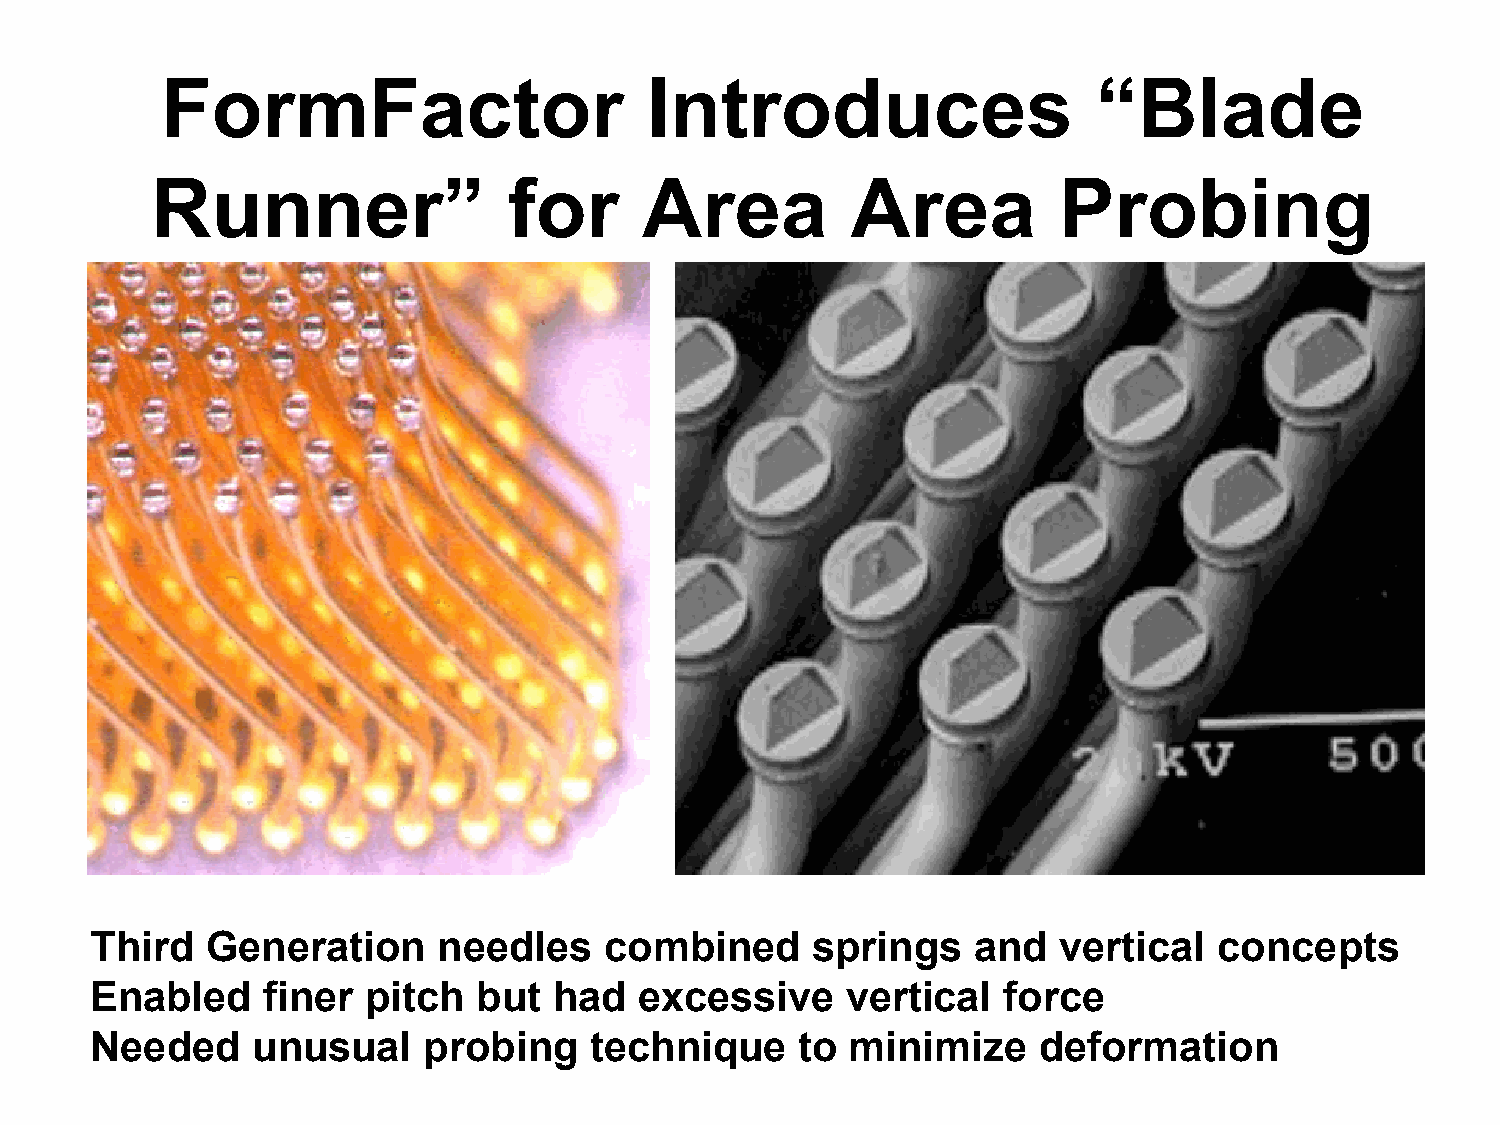
FormFactor                      Introduces                    “Blade
 Runner”                 for     Area          Area          Probing
 Third   Generation     needles    combined      springs   and   vertical   concepts
 Enabled    finer  pitch   but  had  excessive     vertical  force
 Needed     unusual    probing    technique     to minimize     deformation